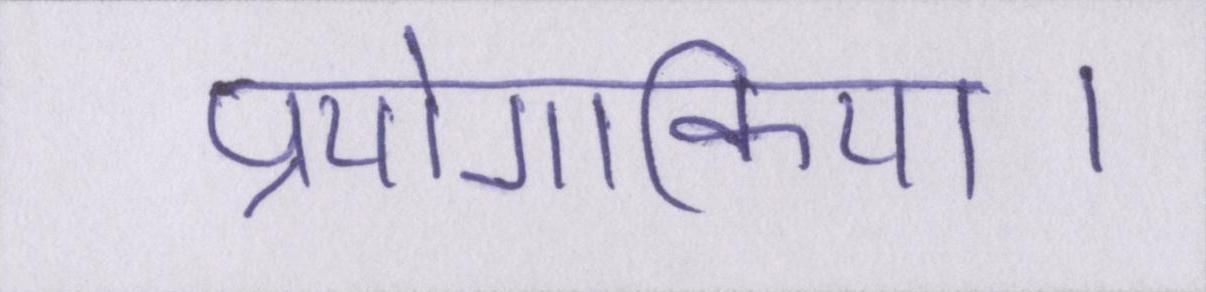
प्रयोगकिया।